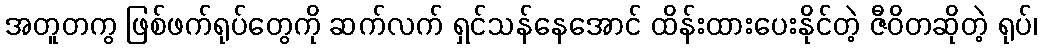
အတူတကွ ဖြစ်ဖက်ရုပ်တွေကို ဆက်လက် ရှင်သန်နေအောင် ထိန်းထားပေးနိုင်တဲ့ ဇီဝိတဆိုတဲ့ ရုပ်၊